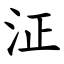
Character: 泟